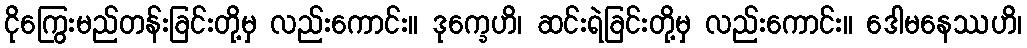
ငိုကြွေးမည်တန်းခြင်းတို့မှ လည်းကောင်း။ ဒုက္ခေဟိ၊ ဆင်းရဲခြင်းတို့မှ လည်းကောင်း။ ဒေါမနေဿဟိ၊